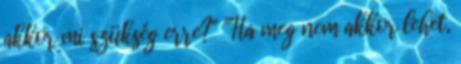
akkor mi szükség erre?" "Ha meg nem akkor lehet,